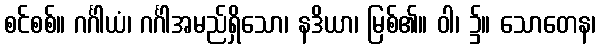
စင်စစ်။ ဂင်္ဂါယံ၊ ဂင်္ဂါအမည်ရှိသော၊ နဒိယာ၊ မြစ်၏။ ဝါ၊ ၌။ သောတေန၊